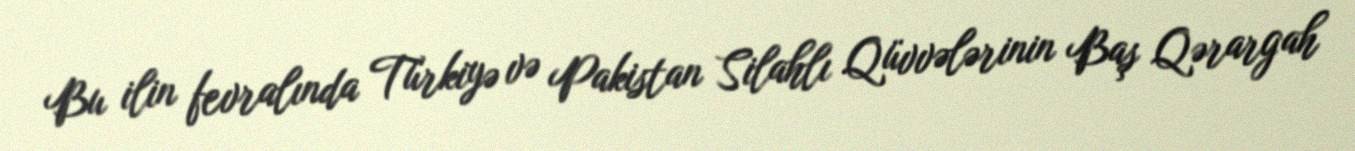
Bu ilin fevralında Türkiyə və Pakistan Silahlı Qüvvələrinin Baş Qərargah